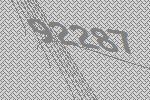
92287